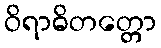
ဝိရာဓိတတ္တော